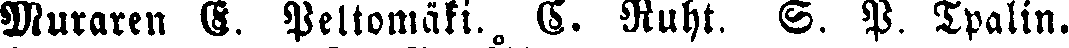
Muraren S. Peltomäki. C. Ruht. S. P. Tpalin.